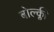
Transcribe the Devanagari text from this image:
बोल्क्ली